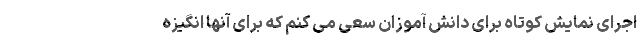
اجرای نمایش کوتاه برای دانش آموزان سعی می کنم که برای آنها انگیزه